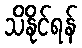
သိနိုင်ရန်